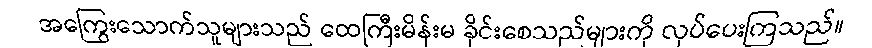
အကြွေးသောက်သူများသည် ထေကြီးမိန်းမ ခိုင်းစေသည်များကို လုပ်ပေးကြသည်။